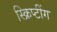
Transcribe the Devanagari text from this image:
स्क्रिप्टींग